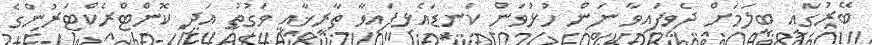
ބޭރުގައި ބީލަމަށް ދެވިފައިވާ ނަން ހުޅުވަން ކަނޑައެޅިފައިވާ ތާރީޚާއި ވަގުތު އަދި ކޮންޓްރެކްޓަރުންގެ